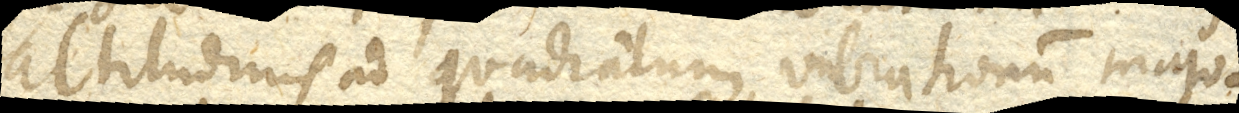
altitudinis ad quadratum vibrationum majo–